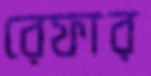
রেফার